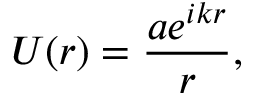
U ( r ) = { \frac { a e ^ { i k r } } { r } } ,